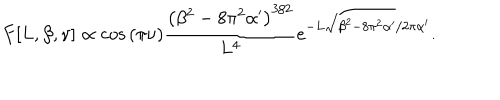
F [ L , \beta , \nu ] \propto \cos { ( \pi \nu ) } \frac { \left( \beta ^ { 2 } - 8 \pi ^ { 2 } \alpha ^ { \prime } \right) ^ { 3 / 2 } } { L ^ { 4 } } e ^ { - L \sqrt { \beta ^ { 2 } - 8 \pi ^ { 2 } \alpha ^ { \prime } } / 2 \pi \alpha ^ { \prime } } .